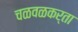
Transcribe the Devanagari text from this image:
चळवळकर्ता